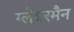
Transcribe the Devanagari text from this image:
ग्लेबरमैन